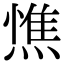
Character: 𭵼